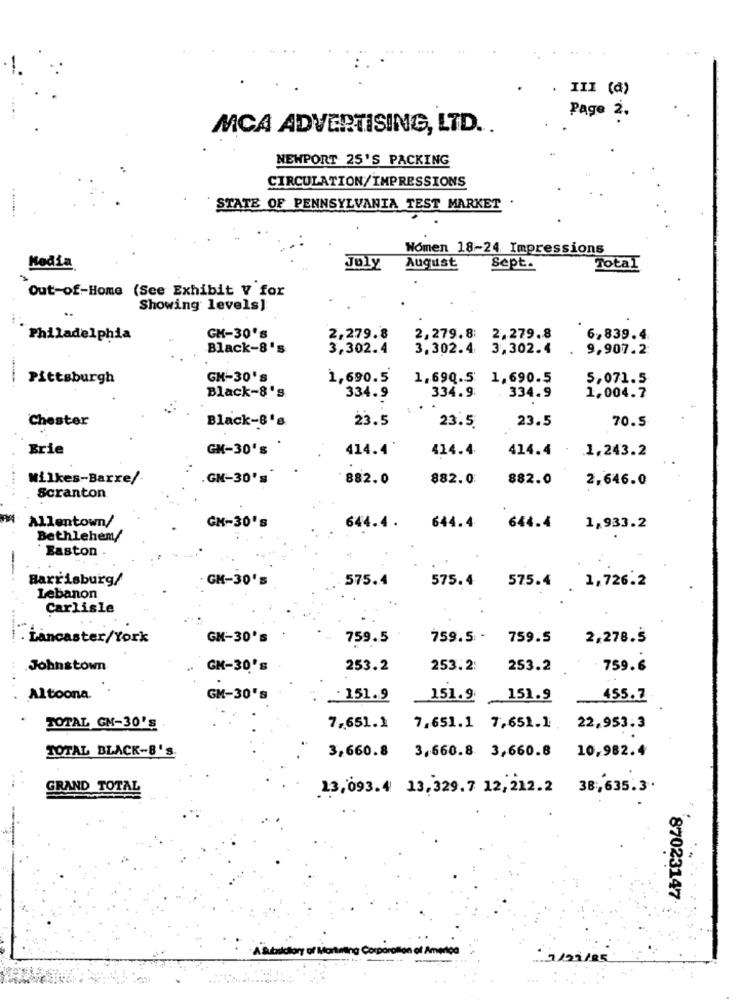
III (a)
Page 2.
MCA ADVERTISING, LTD ..
NEWPORT 25'S PACKING
CIRCULATION/IMPRESSIONS
STATE OF PENNSYLVANIA TEST MARKET
Women 18-24 Impressions
Media
JOLY
August
Sept.
Total
Out-of-Home (See Exhibit V for
Showing levels]
..
Philadelphia
GK-30's
2,279.8
2,279.8:
2,279.8
6,839.4
Black-8's
3,302.4
3.302.4
3,302.4
9,907.2
Pittsburgh
GM-30's
1,690.5
1.69Q.5 1,690.5
5,071.5
Black-8's
334.9
334.9:
. 334.9
1,004.7
Chester
Black-8's
23.5
23.5
70.5
23.5
Brie
GM-30's
414.4'
414.4
414.4 .
1,243.2
Wilkes-Barre/
.GM-30's
882.0
882.0
882.0
2,646.0
Scranton
Allentown/
GM-30's
644.4 .
644.4
644.4
1,933.2
Bethlehem/
Easton
Barrisburg/
- GH-30's
575.4
575.4
.1,726.2
575.4
Lebanon
Carlisle
. Lancaster/York
GM-30's
759.5
759.5: -
759.5
2,278.5
Johnstown
GM-30's
253.2
253.2:
253.2
759.6
Altoona.
GM-30's
. 151.9
_151.9 151.9
455.7
TOTAL GM-30's
7,651.1
7.651.1 7,651.1
22,953.3
TOTAL BLACK-8'S
3,660.8
3,660.8 3,660.8
10,982.4
GRAND TOTAL
13,093.4 13,329.7 12,212.2 38;635.3.
87023147
Subsidiary of Mo
a Corporation et America
1/21/25